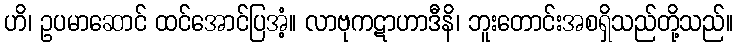
ဟိ၊ ဥပမာဆောင် ထင်အောင်ပြအံ့။ လာဗုကဋာဟာဒီနိ၊ ဘူးတောင်းအစရှိသည်တို့သည်။